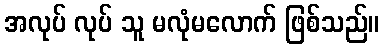
အလုပ် လုပ် သူ မလုံမလောက် ဖြစ်သည်။